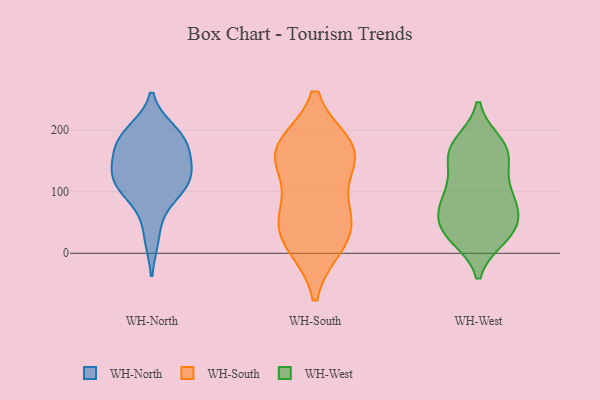
{"axis": {"x": "Backlog", "y": "Value"}, "legend": ["WH-North", "WH-South", "WH-West"], "data": [{"x": "", "y": 197, "type": "WH-North"}, {"x": "", "y": 181, "type": "WH-North"}, {"x": "", "y": 159, "type": "WH-North"}, {"x": "", "y": 133, "type": "WH-North"}, {"x": "", "y": 118, "type": "WH-North"}, {"x": "", "y": 131, "type": "WH-North"}, {"x": "", "y": 185, "type": "WH-North"}, {"x": "", "y": 91, "type": "WH-North"}, {"x": "", "y": 186, "type": "WH-North"}, {"x": "", "y": 27, "type": "WH-North"}, {"x": "", "y": 123, "type": "WH-North"}, {"x": "", "y": 100, "type": "WH-North"}, {"x": "", "y": 63, "type": "WH-South"}, {"x": "", "y": 173, "type": "WH-South"}, {"x": "", "y": 13, "type": "WH-South"}, {"x": "", "y": 168, "type": "WH-South"}, {"x": "", "y": 13, "type": "WH-South"}, {"x": "", "y": 168, "type": "WH-South"}, {"x": "", "y": 163, "type": "WH-South"}, {"x": "", "y": 139, "type": "WH-South"}, {"x": "", "y": 57, "type": "WH-South"}, {"x": "", "y": 56, "type": "WH-South"}, {"x": "", "y": 69, "type": "WH-West"}, {"x": "", "y": 39, "type": "WH-West"}, {"x": "", "y": 29, "type": "WH-West"}, {"x": "", "y": 93, "type": "WH-West"}, {"x": "", "y": 26, "type": "WH-West"}, {"x": "", "y": 158, "type": "WH-West"}, {"x": "", "y": 100, "type": "WH-West"}, {"x": "", "y": 35, "type": "WH-West"}, {"x": "", "y": 175, "type": "WH-West"}, {"x": "", "y": 71, "type": "WH-West"}, {"x": "", "y": 38, "type": "WH-West"}, {"x": "", "y": 71, "type": "WH-West"}, {"x": "", "y": 100, "type": "WH-West"}, {"x": "", "y": 178, "type": "WH-West"}, {"x": "", "y": 163, "type": "WH-West"}, {"x": "", "y": 167, "type": "WH-West"}, {"x": "", "y": 137, "type": "WH-West"}]}